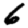
Digit: 6